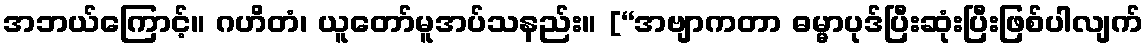
အဘယ်ကြောင့်။ ဂဟိတံ၊ ယူတော်မူအပ်သနည်း။ [“အဗျာကတာ ဓမ္မာပုဒ်ပြီးဆုံးပြီးဖြစ်ပါလျက်